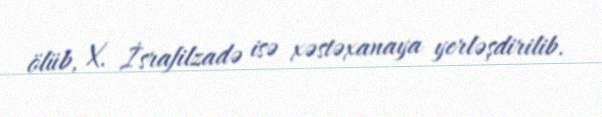
ölüb, X. İsrafilzadə isə xəstəxanaya yerləşdirilib.